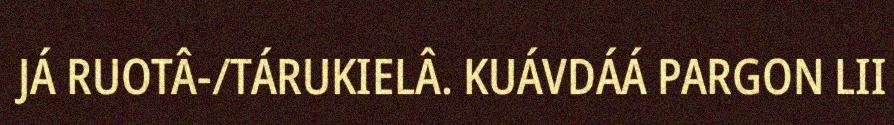
JÁ RUOTÂ-/TÁRUKIELÂ. KUÁVDÁÁ PARGON LII